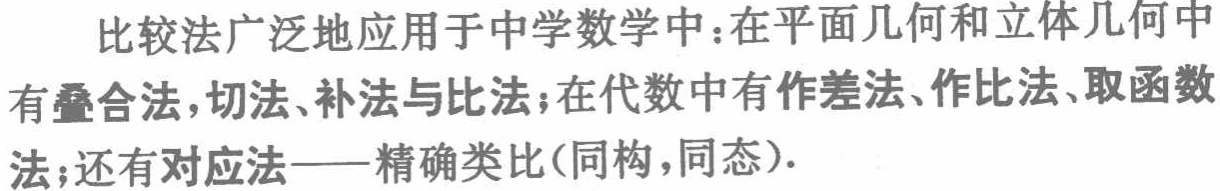
比较法广泛地应用于中学数学中：在平面几何和立体几何中有叠合法, 切法、补法与比法；在代数中有作差法、作比法、取函数法；还有对应法——精确类比(同构, 同态).